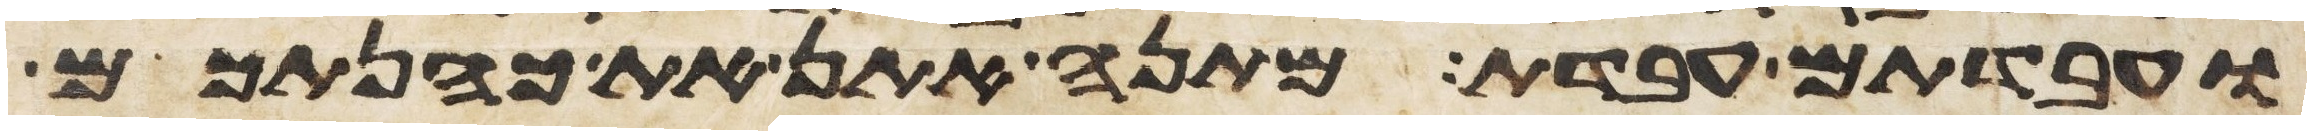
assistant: ועבדתם עבדת מתנה אתן את כהנתכם